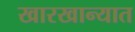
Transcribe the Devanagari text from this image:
खारखान्यात